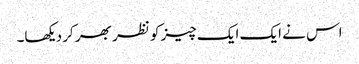
اس نے ایک ایک چیز کو نظر بھر کر دیکھا۔